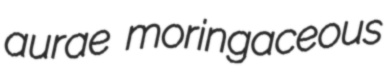
aurae moringaceous